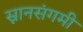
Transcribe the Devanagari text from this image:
स्नानसंगमी